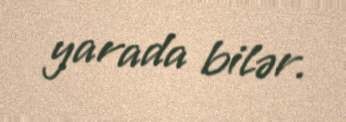
yarada bilər.